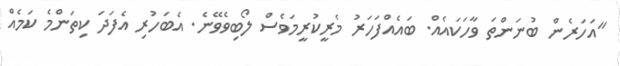
"އަހަރެން ބުނަންތަ ވާހަކައެއް. ބައެއްފަހަރު މެރީކުރީމަވެސް ލޯބިވެވޭނެ. އެބަހުރި އެފަދަ ކިތަންމެ ކަމެއް